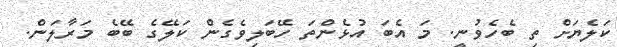
ކަލެޔަށް ތި ބެހެވުނީ. މަ އެބަ އުޅެންތަ ހޭބަލިވެގެން ކަލޭގެ ބޭބެ މަރާލަން.